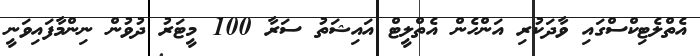
އެތްލެޓިކްސްގައި ވާދަކުރި އަންހެން އެތްލީޓް އައިޝަތު ސަރާ 100 މީޓަރު ދުވުން ނިންމާފައިވަނީ